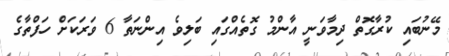
މޭނުބައި ކުރާގޮތް ދިމާވަނީ އާންމު ގޮތެއްގައި ބަލިވެ އިންނަތާ 6 ވަރަކަށް ހަފްތާގެ